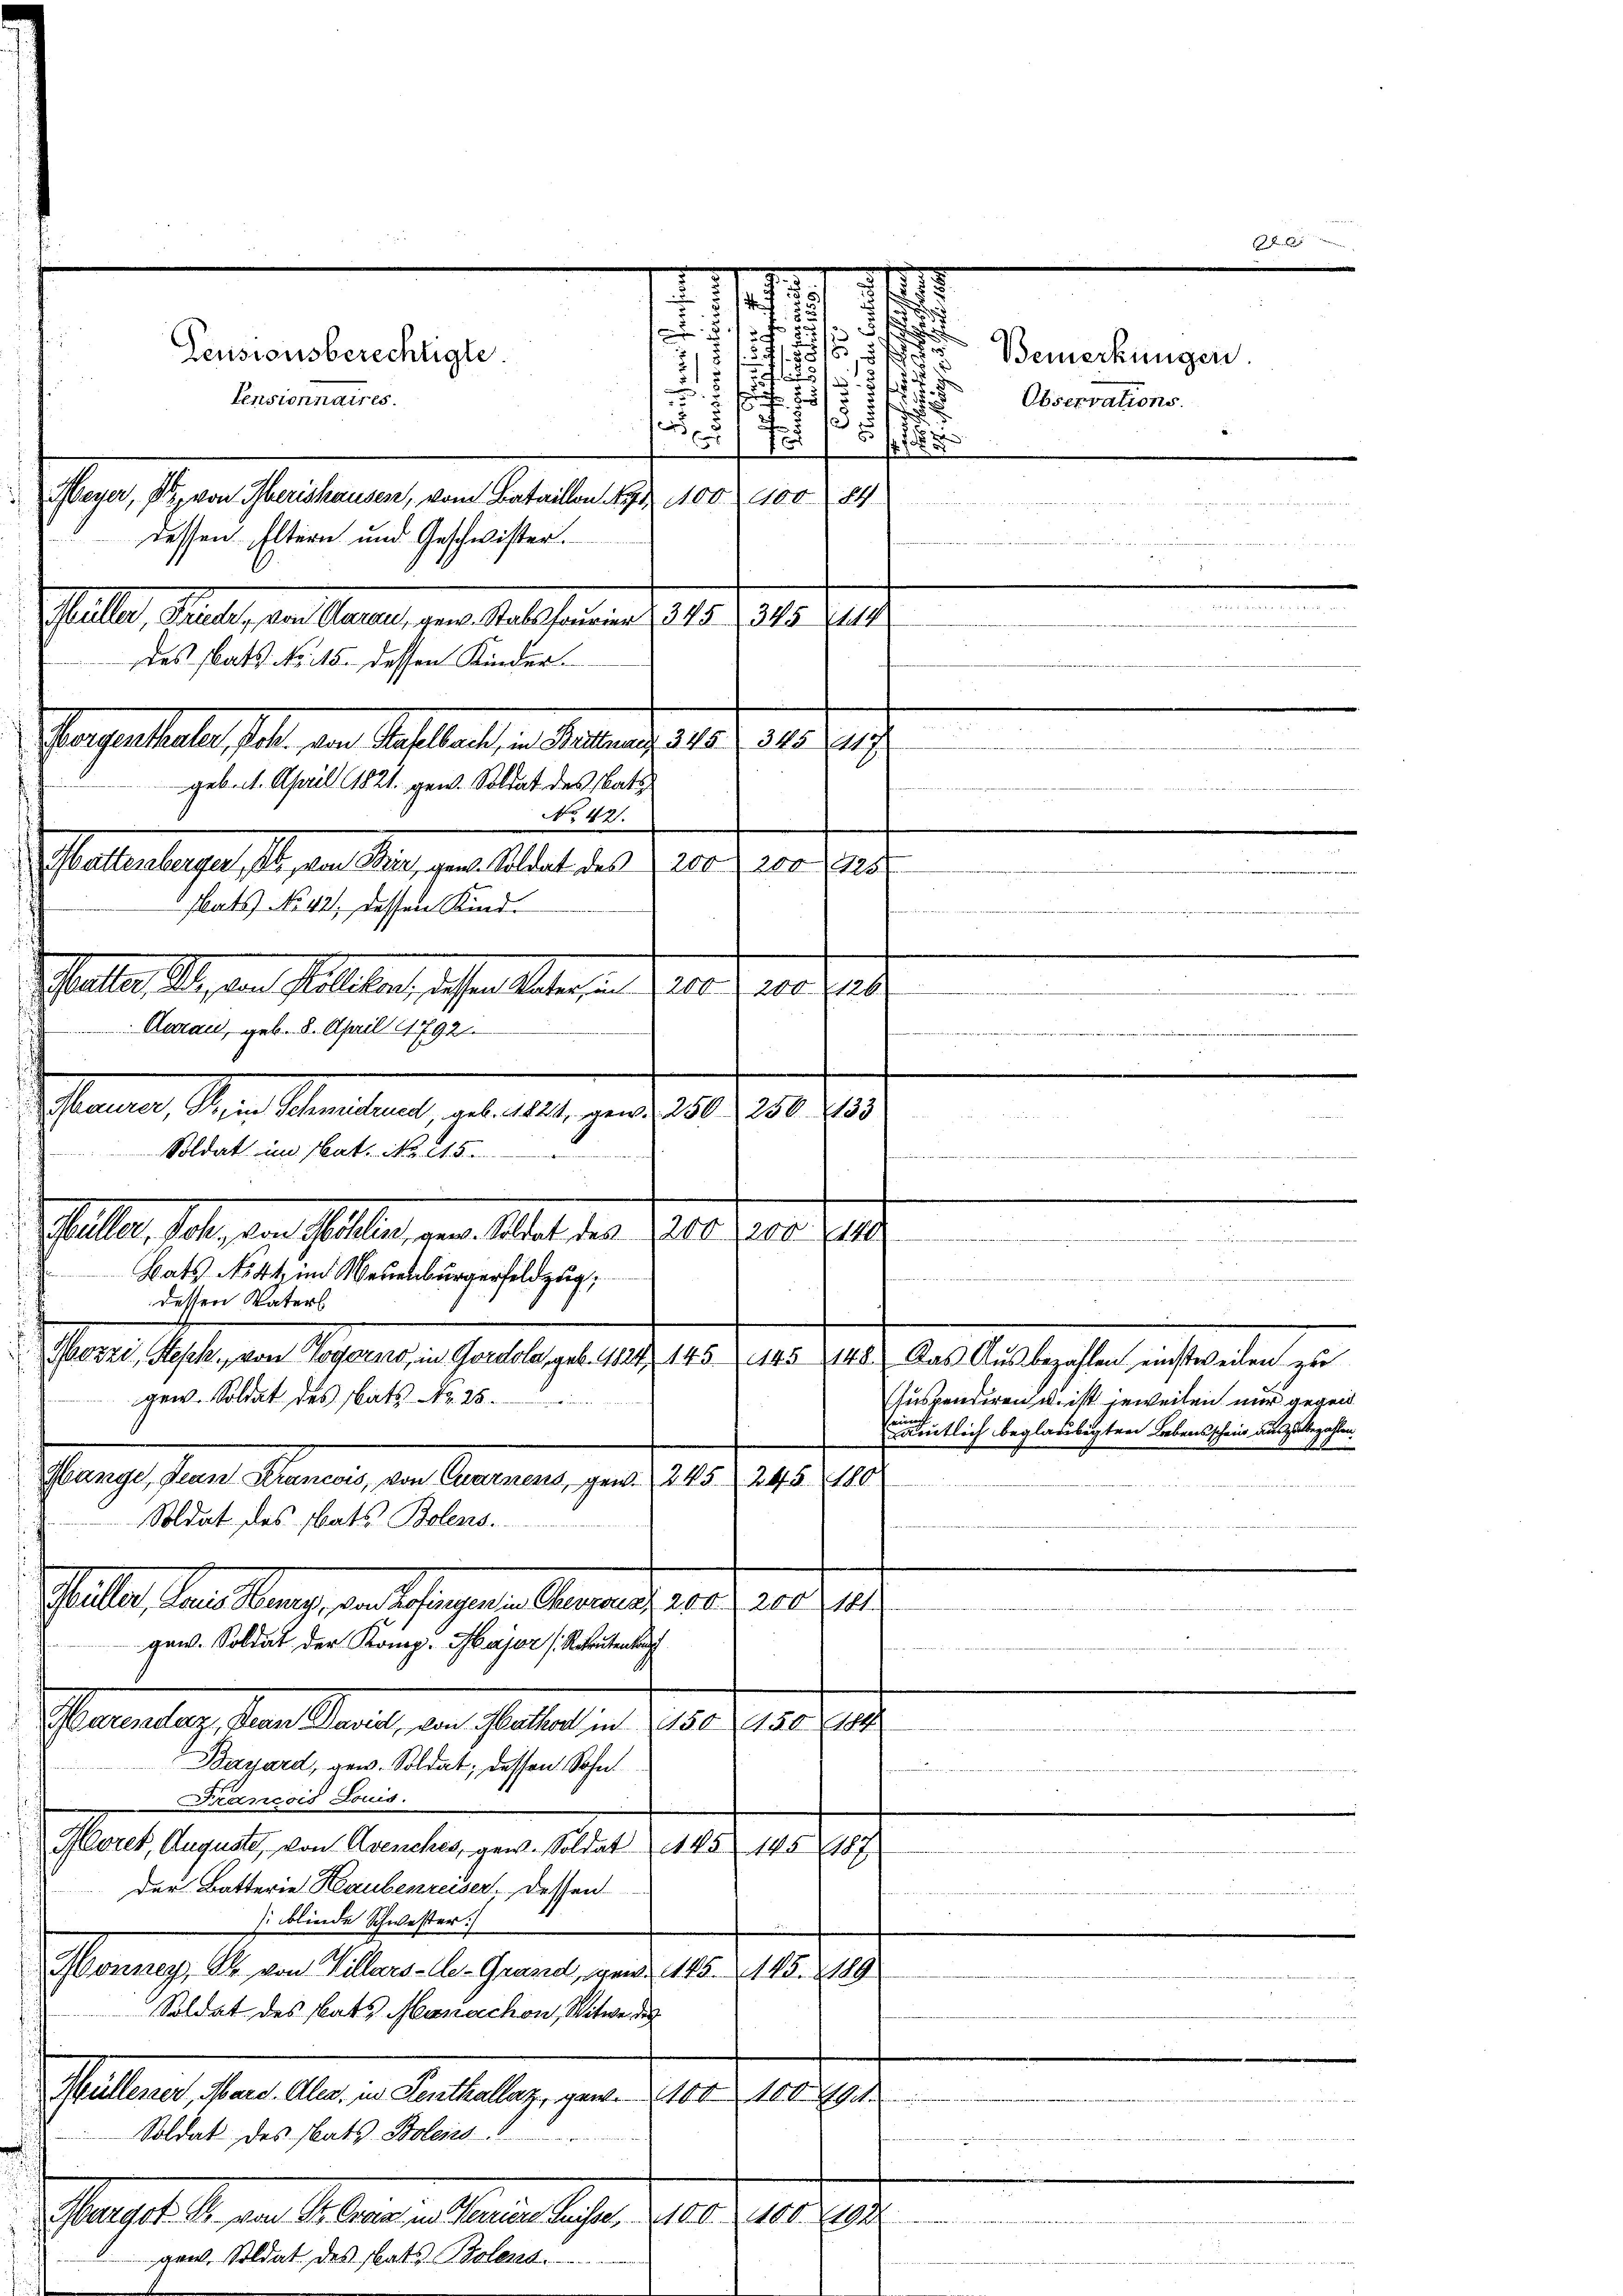
d
.
5
25
.
2
e
Pensionnaires.
55
1er
Fr
Meyer, Dr. von Iherishausen, vom Bataillon  1100. 100. 84
dessen Eltern und Geschwister.
lalle, Senate, den alle, den Stellen und 1815. 1918. 211.
des statt No. 115. dessen Kinder.

Patenthal sel. den Statthalt in Antrage 18, 15 des
geb. 1. April 1821. gew. Soldat des Statt
1
No 471.
Maltenberger, ob, von Wien, gant. Soldat des 200, 200 (1252
v stats No 421. dessen Kind.
Echallen den der Fallelen, das er alten, an der es de mir das

Pensionsberechtigte

.
.
Soldat im Nat. No 115.
r
Galler, soll, von aller, gern Altat des 1200. 3200. Z
Bats No 44 in Neuenburgerfeldzug,
dessen Vaters
Morel, Uster, von Johannes, in Gantela geb. 18. 15. d. 105. 21. das Auslegrafen einstweilen zu
Pramelag, den Stand, an sollen in de der er au
Bassard, gew. Soldat, dessen Sohn
Francois Louis.
Moret, Auguste, von Avenches, gew. Soldat 45 145
s
Der Batterie Haubenreiser. Dessen

blinde Schwester
Monney, B. von Villars-Ge-Grand, gen 145. 145. 189
Soldat des Rats Manachon, Witwe des
Müllener, Mard. Ales, in Lenthallag, gant. 100 100. 494
Soldat des Rats Boleis
Mastian Kleinen Andelsfr. 210. 1879
gral, Soldat des Rats Botens.

gew. Soldat des Rats Nr. 25
Glanze Paren Mannen, den Kantonen, und 10. 198. 18
Soldat des Rats Bolens.
Galle, dans lang, an schlagen Anwalts er d. d. d. 4.
gew. Soldat der Komp. Major (Rekrutena

1

Aarau, geb. 8. Aprill 1792.
e
Mauer, der Mandant, ab 11. und 310 f 30. v.

Bemerkungen.
di
Observations.
.

suspendiren u. ist jeweilen nur gegen
atlich beglaubigten Lebensscheid auszubezahlen.